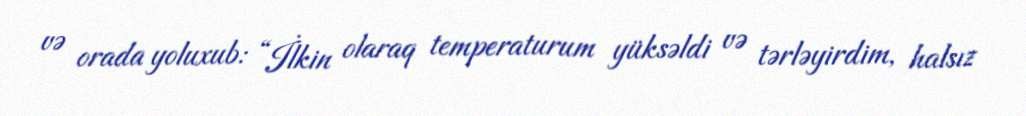
və orada yoluxub: “İlkin olaraq temperaturum yüksəldi və tərləyirdim, halsız